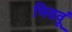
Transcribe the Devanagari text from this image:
भिववूं